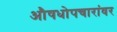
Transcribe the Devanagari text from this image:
औषधोपचारांवर